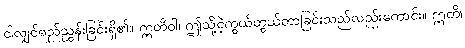
ငါလျှင်ရည်ညွှန်းခြင်းရှိ၏။ ဣတိဝါ၊ ဤသို့ငဲ့ကွယ်တွယ်တာခြင်းသည်လည်းကောင်း။ ဣတိ၊